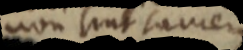
non sint tamen